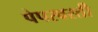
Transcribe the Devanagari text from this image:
पेपरवरती